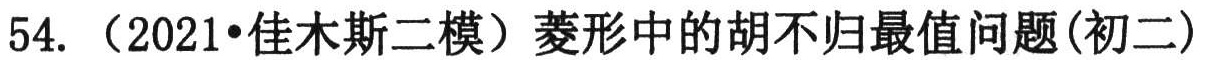
54. （2021•佳木斯二模）菱形中的胡不归最值问题(初二)